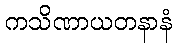
ကသိဏာယတနာနံ